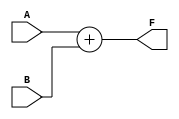
`timescale 1ns / 1ps
//////////////////////////////////////////////////////////////////////////////////
// Company: 
// Engineer: 
// 
// Design Name: 
// Module Name: Adder_module
// Project Name: 
// Target Devices: 
// Tool Versions: 
// Description: 
// 
// Dependencies: 
// 
// Revision:
// Revision 0.01 - File Created
// Additional Comments:
// 
//////////////////////////////////////////////////////////////////////////////////


module Adder_module #(parameter n = 4) (
    input [n-1:0] A,
    input [n-1:0] B,
    output [n-1:0] F
    );
    
assign F = A + B;
endmodule